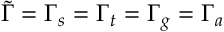
\tilde { \Gamma } = \Gamma _ { s } = \Gamma _ { t } = \Gamma _ { g } = \Gamma _ { a }